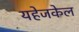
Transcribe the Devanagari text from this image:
यहेजकेल